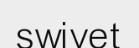
swivet